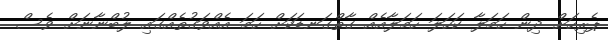
ޕެރިހަށް ދިން ހަމަލާ ކަހަލަ ހަމަލާއެއް ގާތްގަނޑަކަށް ހަމަ އެއްވަގުތެއްގައި ލުބްނާނަށް ވެސް